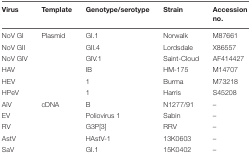
| Virus | Template | Genotype/serotype | Strain | Accession no. |
 | --- | --- | --- | --- | --- |
 | NoV GI | Plasmid | GI.1 | Norwalk | M87661 |
 | NoV GII |  | GII.4 | Lordsdale | X86557 |
 | NoV GIV |  | GIV.1 | Saint-Cloud | AF414427 |
 | HAV |  | IB | HM-175 | M14707 |
 | HEV |  | 1 | Burma | M73218 |
 | HPeV |  | 1 | Harris | S45208 |
 | AiV | cDNA | B | N1277/91 | – |
 | EV |  | Poliovirus 1 | Sabin | – |
 | RV |  | G3P[3] | RRV | – |
 | AstV |  | HAstV-1 | 13K0603 | – |
 | SaV |  | GI.1 | 15K0402 | – |